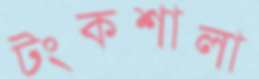
টংকশালা